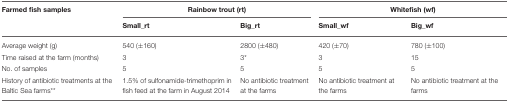
<table><thead><tr><td><b>Farmed fish samples</b></td><td colspan="2"><b>Rainbow trout (rt)</b></td><td colspan="2"><b>Whitefish (wf)</b></td></tr><tr><td></td><td><b>Small_rt</b></td><td><b>Big_rt</b></td><td><b>Small_wf</b></td><td><b>Big_wf</b></td></tr></thead><tbody><tr><td>Average weight (g)</td><td>540 (±160)</td><td>2800 (±480)</td><td>420 (±70)</td><td>780 (±100)</td></tr><tr><td>Time raised at the farm (months)</td><td>3</td><td>3<sup>*</sup></td><td>3</td><td>15</td></tr><tr><td>No. of samples</td><td>5</td><td>5</td><td>5</td><td>5</td></tr><tr><td>History of antibiotic treatments at the Baltic Sea farms<sup>**</sup></td><td>1.5% of sulfonamide-trimethoprim in fish feed at the farm in August 2014</td><td>No antibiotic treatment at the farms</td><td>No antibiotic treatment at the farms</td><td>No antibiotic treatment at the farms</td></tr></tbody></table>